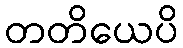
တတိယေပိ